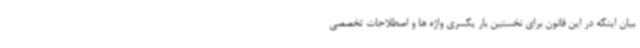
بیان اینکه در این قانون برای نخستین بار یکسری واژه ها و اصطلاحات تخصصی